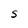
Character: S